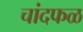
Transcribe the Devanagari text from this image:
चांदफळ